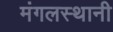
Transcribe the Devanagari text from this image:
मंगलस्थानी